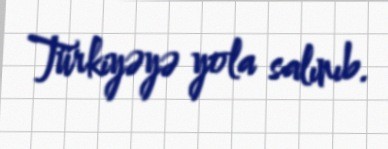
Türkiyəyə yola salınıb.